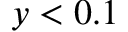
y < 0 . 1